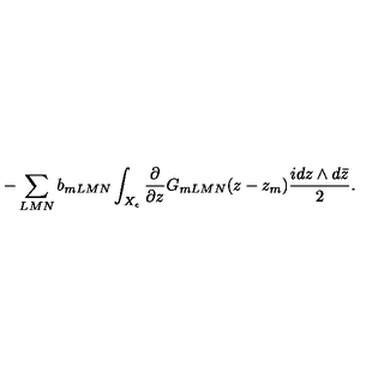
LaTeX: - \sum _ { L M N } b _ { m L M N } \int _ { X _ { \epsilon } } \frac { \partial } { \partial z } G _ { m L M N } ( z - z _ { m } ) \frac { i d z \wedge d \bar { z } } { 2 } .